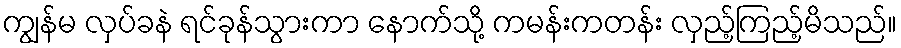
ကျွန်မ လှပ်ခနဲ ရင်ခုန်သွားကာ နောက်သို့ ကမန်းကတန်း လှည့်ကြည့်မိသည်။